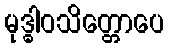
မုဒ္ဓါဝသိတ္တောပေ